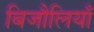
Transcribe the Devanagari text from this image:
बिजौलियाँ